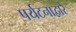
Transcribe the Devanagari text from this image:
पर्यटनाद्वारे